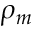
\rho _ { m }